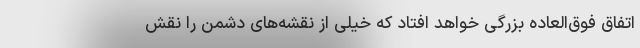
اتفاق فوق‌العاده بزرگی خواهد افتاد که خیلی از نقشه‌های دشمن را نقش